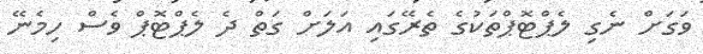
ވަގަށް ނެގި ލެޕްޓޮޕްތަކުގެ ތެރޭގައި އަލަށް ގަތް ދެ ލެޕްޓޮޕް ވެސް ހިމެނޭ